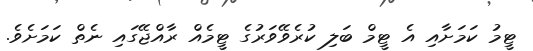
ޓީމު ކަމަށާއި އެ ޓީމް ބަލި ކުރެވޭވަރުގެ ޓީމެއް ރާއްޖޭގައި ނެތް ކަމަށެވެ.